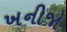
ખનીજો